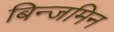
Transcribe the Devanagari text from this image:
बिन्जमिन